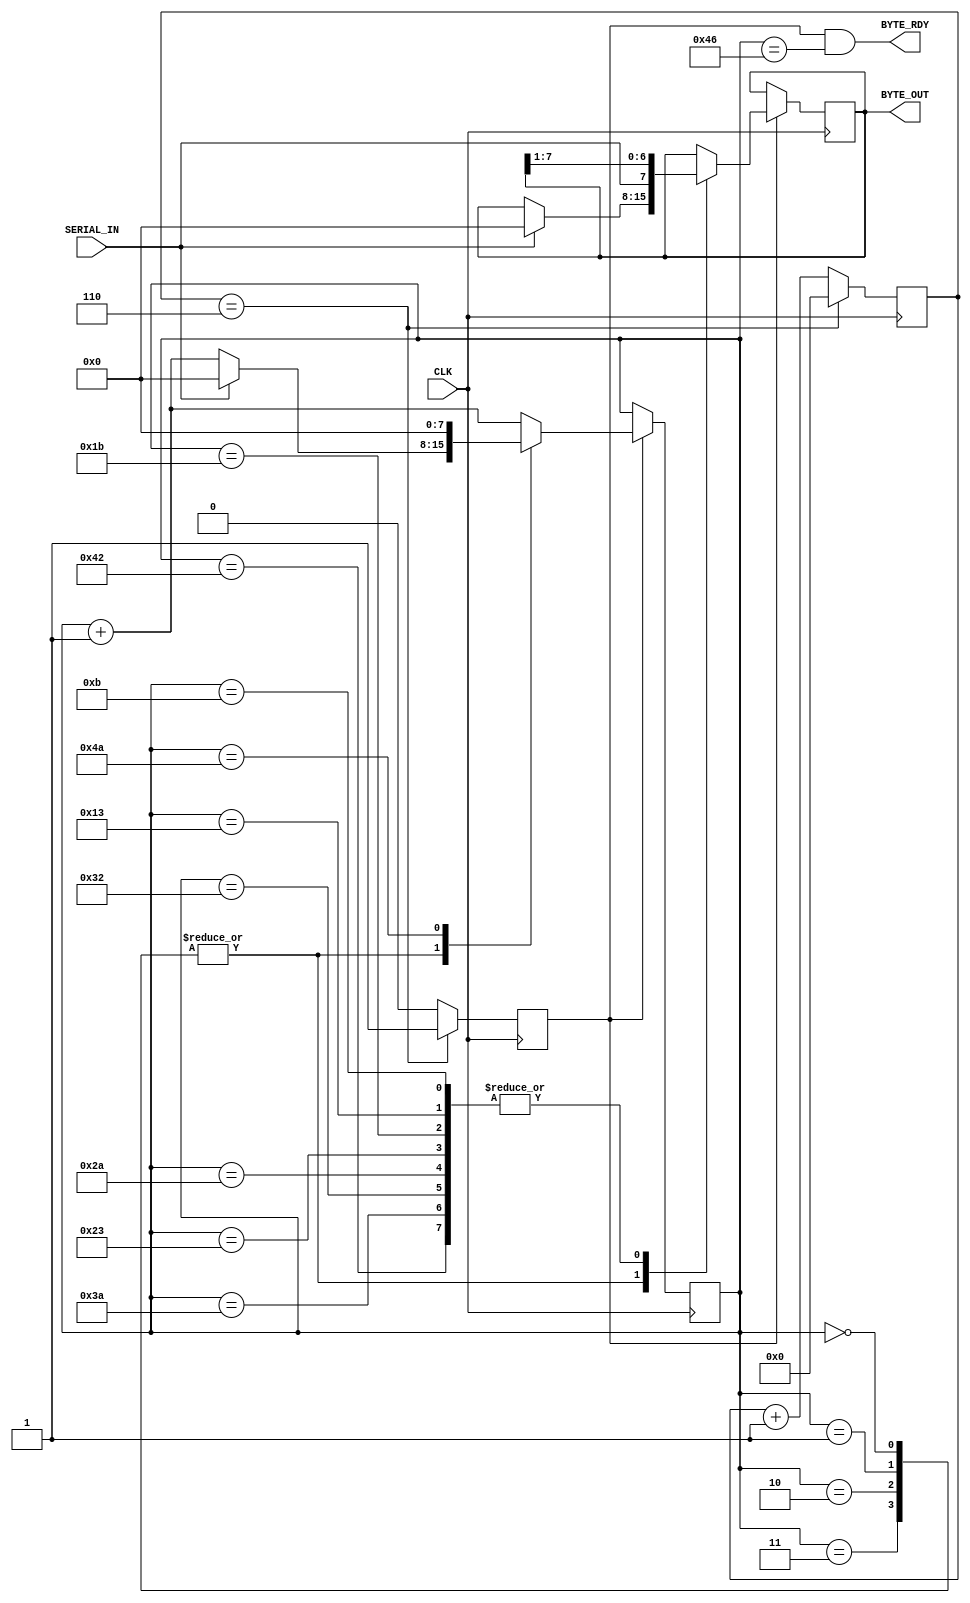
module SerialIf(
	input CLK,
	input SERIAL_IN,
	output [7:0] BYTE_OUT,
	output BYTE_RDY
);

// sampling clock
// 50MHz / 6 = 8.33Mbps (921.6Kbps x 9 over sampling)
reg [3:0] sp_cnt;
reg sp_clk;
always @(posedge CLK) begin
	if (sp_cnt == 6) begin
		sp_cnt = 0;
		sp_clk = 1;
	end else begin
		sp_cnt = sp_cnt + 1;
		sp_clk = 0;
	end
end

// decoding SERIAL_IN
reg [7:0] dec_cnt;
reg [7:0] dec_reg;
always @(posedge CLK) begin
	if (sp_clk) begin
		case (dec_cnt)
			0, 1, 2, 3: // wait for a start bit
				if (SERIAL_IN) begin
					dec_cnt = 0;
					dec_reg = 0;
				end else
					dec_cnt = dec_cnt + 1;
			11, 19, 27, 35, 42, 50, 58, 66: // sampling data bits
				begin
					dec_reg = {SERIAL_IN, dec_reg[7:1]}; // right shift
					dec_cnt = dec_cnt + 1;
				end
			74: // stop bit
					dec_cnt = 0;
			default:
				dec_cnt = dec_cnt + 1;
		endcase
	end
end
assign BYTE_RDY = sp_clk & dec_cnt == 70;
assign BYTE_OUT = dec_reg;
endmodule